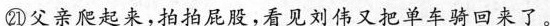
㉑父亲爬起来，拍拍屁股，看见刘伟又把单车骑回来了。